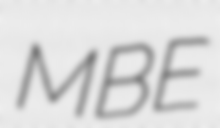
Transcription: MBE